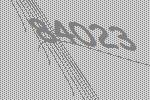
84023